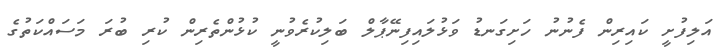
އަލިފުށީ ކައިރިން ފެނުނު ހަށިގަނޑު ވަޅުލައިފިނޭޕާލް ބަލިކުރެވުނީ ކުޅުންތެރިން ކުރި ބުރަ މަސައްކަތުގެ